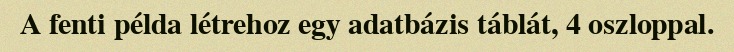
A fenti példa létrehoz egy adatbázis táblát, 4 oszloppal.